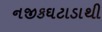
નજીકઘટાડાથી